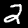
Digit: 2